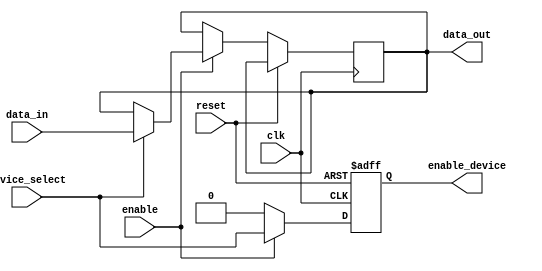
module io_block_switch (
    input wire clk,
    input wire reset,
    input wire enable,
    input wire [7:0] data_in,
    input wire device_select,
    output reg enable_device,
    output reg [7:0] data_out
);

reg active_device;

always @(posedge clk or posedge reset) begin
    if (reset) begin
        enable_device <= 0;
        active_device <= 0;
    end else begin
        if (enable) begin
            enable_device <= device_select;
            if (device_select) begin
                data_out <= data_in;
            end
        end else begin
            enable_device <= 0;
        end
    end
end
endmodule